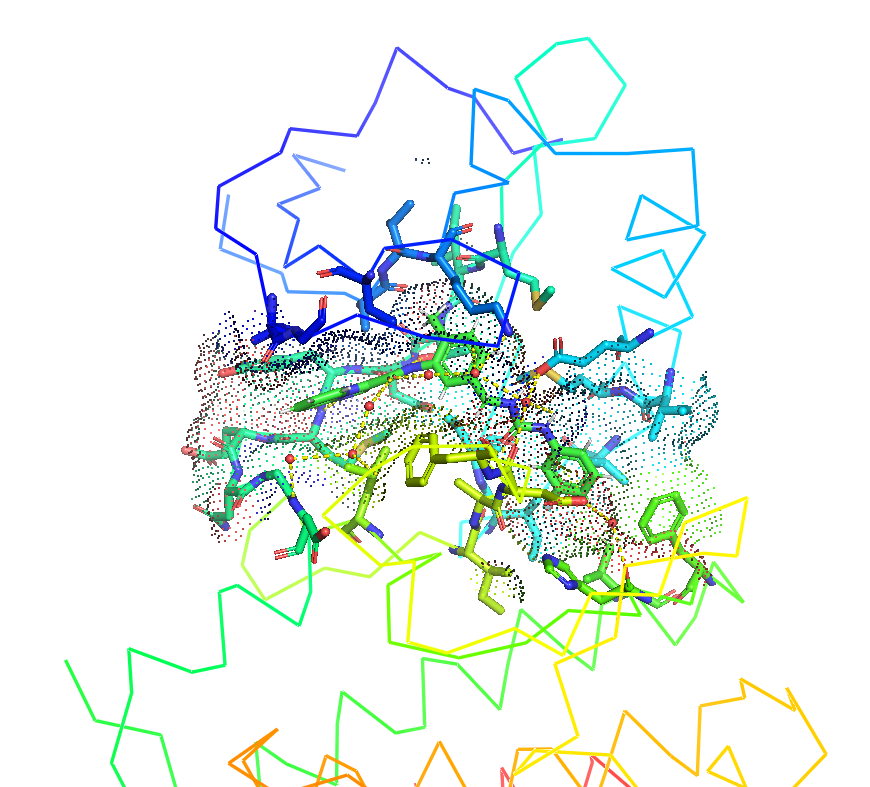
pymol, preset ligand site, dot surface